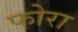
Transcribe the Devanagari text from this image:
फोरा